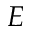
E